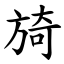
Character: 旑